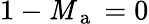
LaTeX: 1-\mathit{M}_{\mathrm{{~a~}}}=0